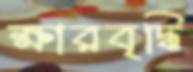
ক্ষারবৃদ্ধি